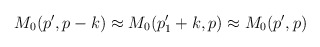
\begin{align*}M_{0}(p',p-k) \approx M_{0}(p'_{1}+k,p) \approx M_{0}(p',p)\end{align*}